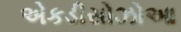
એકડીસોઝોઆ